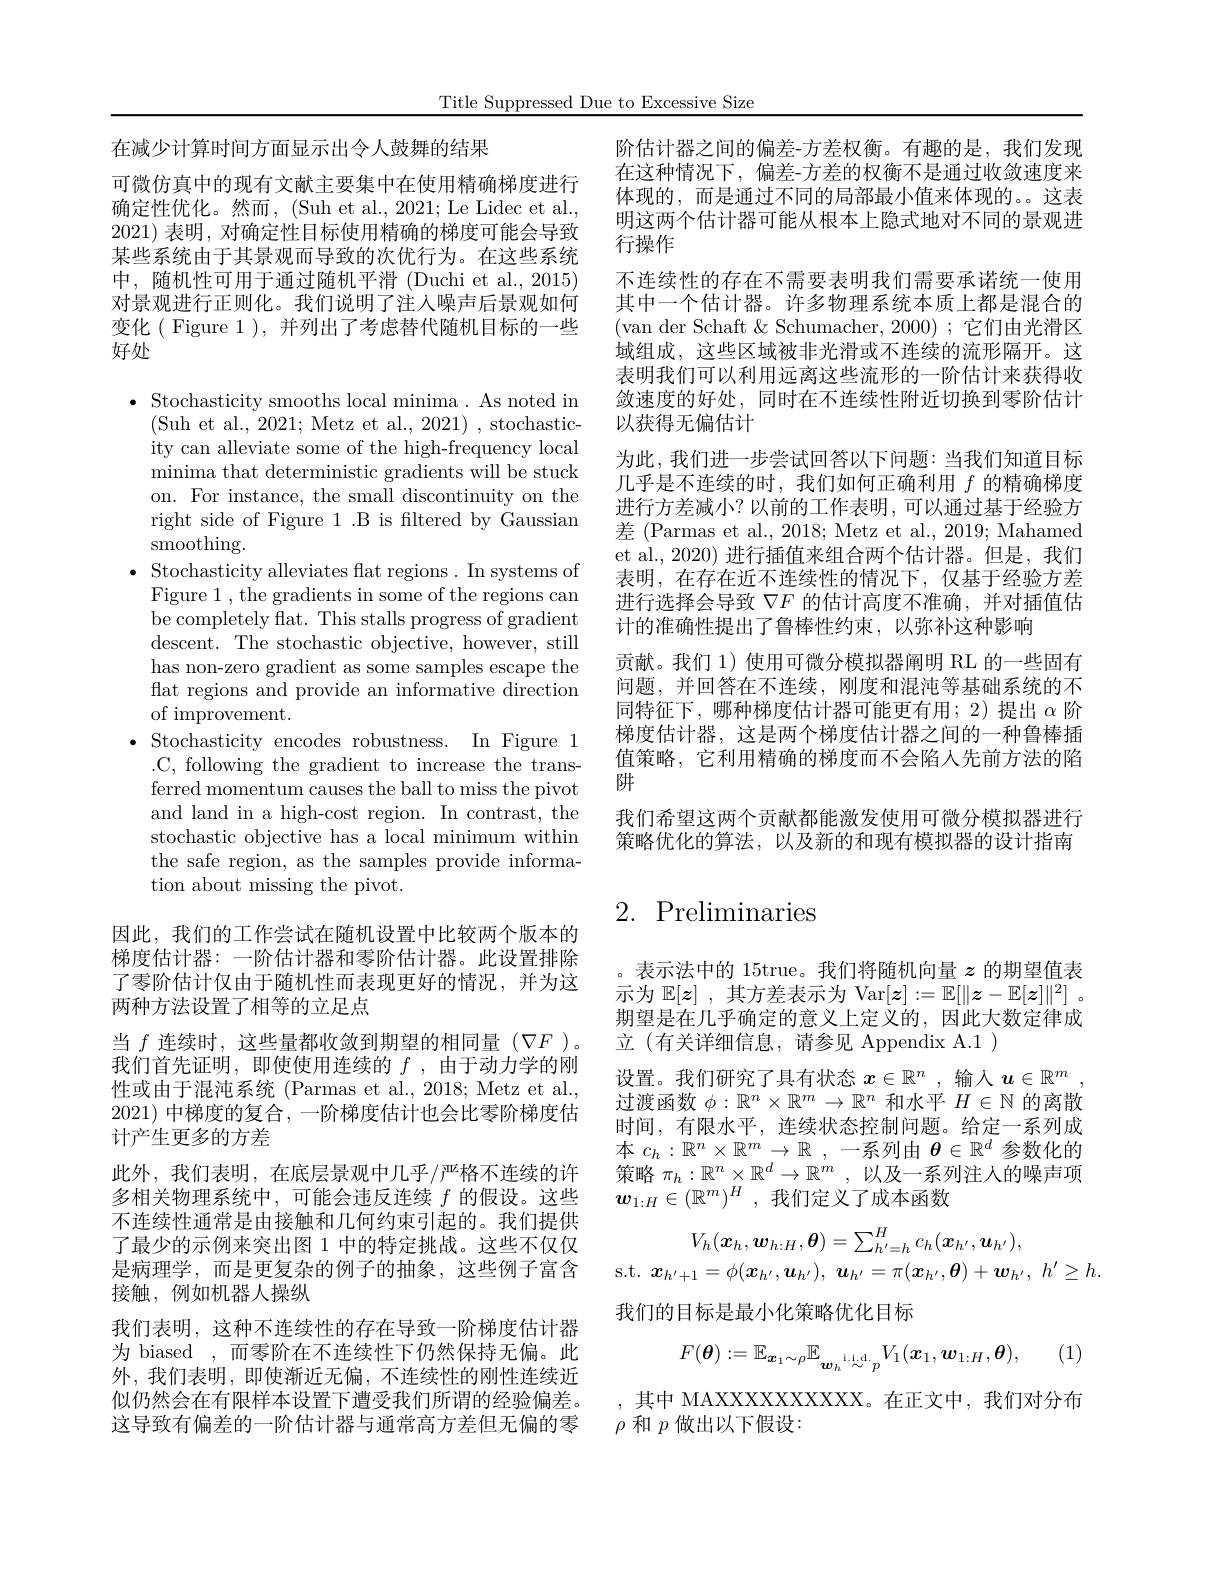
Title Suppressed Due to Excessive Size

在减少计算时间方面显示出令人鼓舞的结果
可微仿真中的现有文献主要集中在使用精确梯度进行确定性优化。然而，(Suh et al., 2021; Le Lidec et al., 2021) 表明，对确定性目标使用精确的梯度可能会导致某些系统由于其景观而导致的次优行为。在这些系统中，随机性可用于通过随机平滑(Duchi et al.,2015) 对景观进行正则化。我们说明了注入噪声后景观如何变化( Figure 1 ), 并列出了考虑替代随机目标的一些好处

$\bullet$ Stochasticity smooths local minima. As noted in
(Suh et al., 2021; Metz et al., 2021), stochasticity can alleviate some of the high-frequency local minima that deterministic gradients will be stuck on. For instance, the small discontinuity on the right side of Figure 1 .B is filtered by Gaussian smoothing.
$\bullet$ Stochasticity alleviates flat regions. In systems of
Figure 1 , the gradients in some of the regions can be completely flat. This stalls progress of gradient descent. The stochastic objective, however, still has non-zero gradient as some samples escape the flat regions and provide an informative direction of improvement.
$\bullet$ Stochasticity encodes robustness. In Figure 1
.C, following the gradient to increase the transferred momentum causes the ball to miss the pivot and land in a high-cost region. In contrast, the stochastic objective has a local minimum within the safe region, as the samples provide information about missing the pivot.

因此，我们的工作尝试在随机设置中比较两个版本的梯度估计器：一阶估计器和零阶估计器。此设置排除了零阶估计仅由于随机性而表现更好的情况，并为这两种方法设置了相等的立足点
当$f$连续时，这些量都收敛到期望的相同量$(\nabla F)$。我们首先证明，即使使用连续的$f$,由于动力学的刚性或由于混沌系统 (Parmas et al., 2018; Metz et al., 2021)中梯度的复合，一阶梯度估计也会比零阶梯度估计产生更多的方差
此外，我们表明，在底层景观中几乎/严格不连续的许多相关物理系统中，可能会违反连续$f$的假设。这些不连续性通常是由接触和几何约束引起的。我们提供了最少的示例来突出图 1 中的特定挑战。这些不仅仅是病理学，而是更复杂的例子的抽象，这些例子富含接触，例如机器人操纵
我们表明，这种不连续性的存在导致一阶梯度估计器为 biased ,而零阶在不连续性下仍然保持无偏。此外，我们表明，即使渐近无偏，不连续性的刚性连续近似仍然会在有限样本设置下遭受我们所谓的经验偏差。这导致有偏差的一阶估计器与通常高方差但无偏的零

阶估计器之间的偏差-方差权衡。有趣的是，我们发现在这种情况下，偏差-方差的权衡不是通过收敛速度来体现的，而是通过不同的局部最小值来体现的。这表明这两个估计器可能从根本上隐式地对不同的景观进行操作
不连续性的存在不需要表明我们需要承诺统一使用其中一个估计器。许多物理系统本质上都是混合的(van der Schaft & Schumacher, 2000); 它们由光滑区域组成，这些区域被非光滑或不连续的流形隔开。这表明我们可以利用远离这些流形的一阶估计来获得收敛速度的好处，同时在不连续性附近切换到零阶估计以获得无偏估计
为此，我们进一步尝试回答以下问题：当我们知道目标几乎是不连续的时，我们如何正确利用$f$的精确梯度进行方差减小？以前的工作表明，可以通过基于经验方差 (Parmas et al., 2018; Metz et al., 2019; Mahamed et al., 2020) 进行插值来组合两个估计器。但是，我们表明，在存在近不连续性的情况下，仅基于经验方差进行选择会导致$\nabla F$的估计高度不准确，并对插值估计的准确性提出了鲁棒性约束，以弥补这种影响
贡献。我们 1) 使用可微分模拟器阐明 RL 的一些固有问题，并回答在不连续，刚度和混沌等基础系统的不同特征下，哪种梯度估计器可能更有用；2)提出$\alpha$阶梯度估计器，这是两个梯度估计器之间的一种鲁棒插值策略，它利用精确的梯度而不会陷入先前方法的陷阱
我们希望这两个贡献都能激发使用可微分模拟器进行策略优化的算法，以及新的和现有模拟器的设计指南

# 2. Preliminaries

。表示法中的 15true。我们将随机向量$z$的期望值表示为$\mathbb{E}[z]$ ,其方差表示为 Var$[\boldsymbol z]:=\mathbb{E}[\|\boldsymbol z-\mathbb{E}[\boldsymbol z]\|^2]$ 。期望是在几乎确定的意义上定义的，因此大数定律成立 (有关详细信息，请参见 Appendix A.1 )
设置。我们研究了具有状态$x\in\mathbb{R}^n$ ,输入$u\in\mathbb{R}^m$ , 过渡函数$\phi:\mathbb{R}^n\times\mathbb{R}^m\to\mathbb{R}^n$和水平$H\in\mathbb{N}$的离散时间，有限水平，连续状态控制问题。给定一系列成本$c_h: \mathbb{R} ^n\times \mathbb{R} ^m\to \mathbb{R}$ ,一系列由$\boldsymbol\theta\in\mathbb{R}^d$参数化的策略$\pi_h:\mathbb{R}^n\times\mathbb{R}^d\to\mathbb{R}^m$,以及一系列注人的噪声项$\boldsymbol{w}_{1: H}\in ( \mathbb{R} ^m) ^H$ ,我们定义了成本函数
$$\begin{aligned}V_{h}(\boldsymbol{x}_{h},\boldsymbol{w}_{h:H},\boldsymbol{\theta})&=\sum_{h^{\prime}=h}^{H}c_{h}(\boldsymbol{x}_{h^{\prime}},\boldsymbol{u}_{h^{\prime}}),\\\boldsymbol{x}_{h^{\prime}+1}&=\phi(\boldsymbol{x}_{h^{\prime}},\boldsymbol{u}_{h^{\prime}}),\:\boldsymbol{u}_{h^{\prime}}=\pi(\boldsymbol{x}_{h^{\prime}},\boldsymbol{\theta})+\boldsymbol{w}_{h^{\prime}},\:h^{\prime}\geq h.\end{aligned}$$
我们的目标是最小化策略优化目标

(1)
$$F(\boldsymbol{\theta}):=\mathbb{E}_{\boldsymbol{x}_1\sim\rho}\mathbb{E}_{\boldsymbol{w}_h\overset{\mathrm{i.d.}}{\sim}p}V_1(\boldsymbol{x}_1,\boldsymbol{w}_{1:H},\boldsymbol{\theta}),$$
,其中 MAXXXXXXXXXXX。在正文中，我们对分布
$\rho$和$p$做出以下假设：